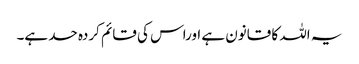
یہ اللہ کا قانون ہے اوراس کی قائم کردہ حد ہے۔